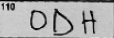
Transcription: ODH